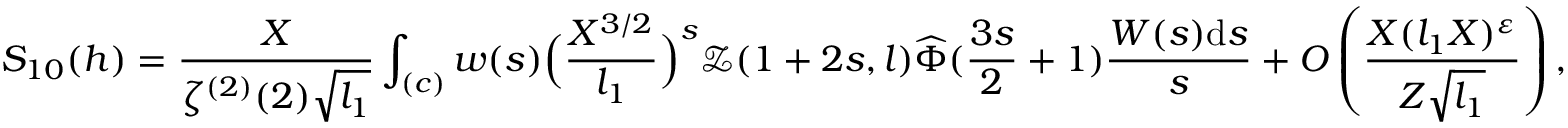
S _ { 1 0 } ( h ) = \frac { X } { \zeta ^ { ( 2 ) } ( 2 ) \sqrt { l _ { 1 } } } \int _ { ( c ) } w ( s ) \Big ( \frac { X ^ { 3 / 2 } } { l _ { 1 } } \Big ) ^ { s } \mathcal Z ( 1 + 2 s , l ) \widehat { \Phi } ( \frac { 3 s } { 2 } + 1 ) \frac { W ( s ) \mathrm { d } s } { s } + O \left( \frac { X ( l _ { 1 } X ) ^ { \varepsilon } } { Z \sqrt { l _ { 1 } } } \right) ,